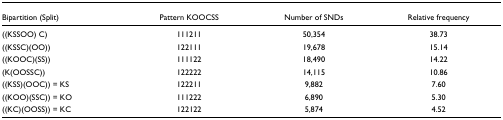
<table><thead><tr><td><b>Bipartition (Split)</b></td><td><b>Pattern KOOCSS</b></td><td><b>Number of SNDs</b></td><td><b>Relative frequency</b></td></tr></thead><tbody><tr><td>((KSSOO) C)</td><td>111211</td><td>50,354</td><td>38.73</td></tr><tr><td>((KSSC)(OO))</td><td>122111</td><td>19,678</td><td>15.14</td></tr><tr><td>((KOOC)(SS))</td><td>111122</td><td>18,490</td><td>14.22</td></tr><tr><td>(K(OOSSC))</td><td>122222</td><td>14,115</td><td>10.86</td></tr><tr><td>((KSS)(OOC)) = KS</td><td>122211</td><td>9,882</td><td>7.60</td></tr><tr><td>((KOO)(SSC)) = KO</td><td>111222</td><td>6,890</td><td>5.30</td></tr><tr><td>((KC)(OOSS)) = KC</td><td>122122</td><td>5,874</td><td>4.52</td></tr></tbody></table>